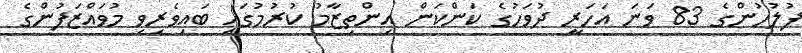
ފުލުހުންގެ 83 ވަނަ އަހަރީ ދުވަހުގެ ކަންކަން އިންތިޒާމު ކުރުމުގައި ބައިވެރިވި މުވައްޒަފުންގެ